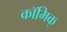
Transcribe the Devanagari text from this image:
कॉमिक्